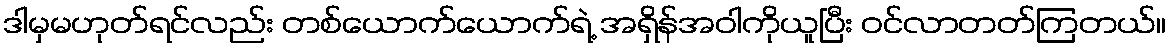
ဒါမှမဟုတ်ရင်လည်း တစ်ယောက်ယောက်ရဲ့ အရှိန်အဝါကိုယူပြီး ဝင်လာတတ်ကြတယ်။